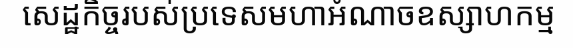
សេដ្ឋកិច្ចរបស់ប្រទេសមហាអំណាចឧស្សាហកម្ម